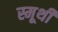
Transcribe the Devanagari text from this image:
स्मूथी